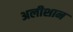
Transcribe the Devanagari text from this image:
अलीशान